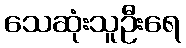
သေဆုံးသူဦးရေ